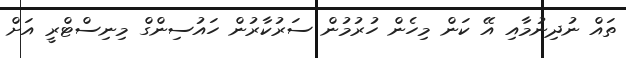
ތައް ނުދިނުމާއި އޭ ކަން މިހެން ހުރުުމުން ސަރުކާރުން ހައުސިންގް މިނިސްޓްރީ އަށް